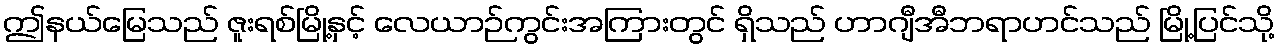
ဤနယ်မြေသည် ဇူးရစ်မြို့နှင့် လေယာဉ်ကွင်းအကြားတွင် ရှိသည် ဟာဂျီအီဘရာဟင်သည် မြို့ပြင်သို့